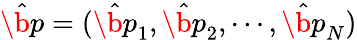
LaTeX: \hat{\b{p}}=(\hat{\b{p}}_{1},\hat{\b{p}}_{2},\cdots,\hat{\b{p}}_{N})